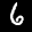
Label: 6